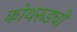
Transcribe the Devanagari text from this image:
कोथरूडची